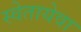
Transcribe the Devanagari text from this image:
स्वेतायेवा